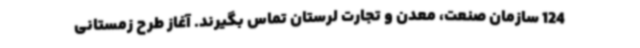
124 سازمان صنعت، معدن و تجارت لرستان تماس بگیرند. آغاز طرح زمستانی